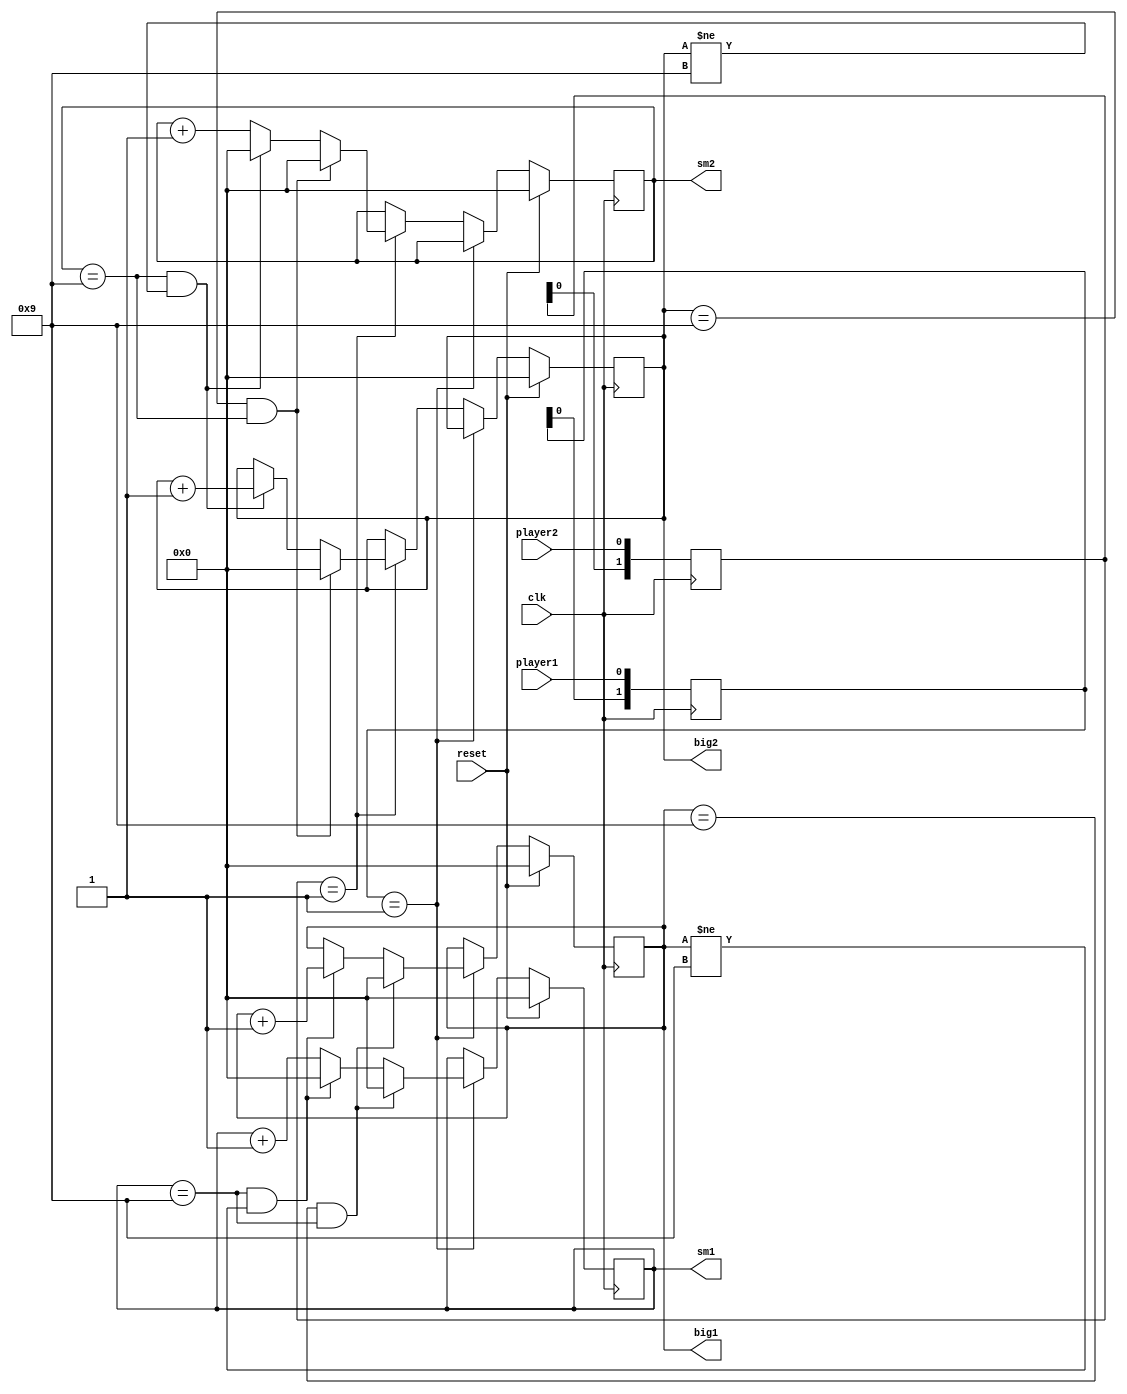
`timescale 1ns / 1ps 

module counter(
    input wire reset,
    input wire player1,
    input wire player2,
    input wire clk,
    output wire [3:0] big1,
    output wire [3:0] sm1,
    output wire [3:0] big2,
    output wire [3:0] sm2
);


reg [3:0] tempBig1 = 4'b0000;
reg [3:0] tempSm1 = 4'b0000;
reg [3:0] tempBig2 = 4'b0000;
reg [3:0] tempSm2 = 4'b0000;

reg [1:0] det_p1_edge;
wire p1_edge;
assign p1_edge = (det_p1_edge == 2'b01);
always @(posedge clk)
begin
	 det_p1_edge <= {det_p1_edge[0], player1};
end

reg [1:0] det_p2_edge;
wire p2_edge;
assign p2_edge = (det_p2_edge == 2'b01);
always @(posedge clk)
begin
	 det_p2_edge <= {det_p2_edge[0], player2};
end

always @(posedge clk) 
begin
    if (reset) begin
        tempBig1 <= 4'b0000;
        tempSm1 <= 4'b0000;
        tempBig2 <= 4'b0000;
        tempSm2 <= 4'b0000;
    end
    
    else
    begin
       
        //agjust the clock time
        
        if(p1_edge) begin
            if(tempBig1== 4'b1001 && tempSm1== 4'b1001) begin
                tempBig1 <= 4'b0000;
                tempSm1 <= 4'b0000;
            end
            else if(tempSm1 == 4'b1001 && tempBig1 != 4'b1001) begin
                tempSm1 <= 4'b0000;
                tempBig1<= tempBig1 + 4'b0001;
            end
            else begin
                tempSm1 <= tempSm1 + 4'b0001;
            end
        end
            //adjust min
        else if(p2_edge) begin
            if(tempBig2 == 4'b1001 && tempSm2 == 4'b1001) begin
                tempBig2<= 4'b0000;
                tempSm2<= 4'b0000;
            end
            else if(tempSm2 == 4'b1001 && tempBig2 != 4'b1001) begin
                tempSm2<= 4'b0000;
                tempBig2<= tempBig2+ 4'b0001;
            end
            else begin
                tempSm2 <= tempSm2 + 4'b0001;
            end
        end
    

    end
end 



assign big1 = tempBig1;
assign sm1 = tempSm1;
assign big2 = tempBig2;
assign sm2 = tempSm2;

endmodule